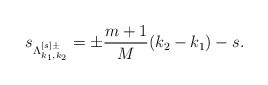
\begin{align*}s_{\Lambda^{[s]\pm}_{k_1,k_2}}= \pm \dfrac{m+1}{M} (k_2-k_1)-s.\end{align*}